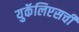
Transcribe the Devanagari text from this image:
युकॅलिप्टसची